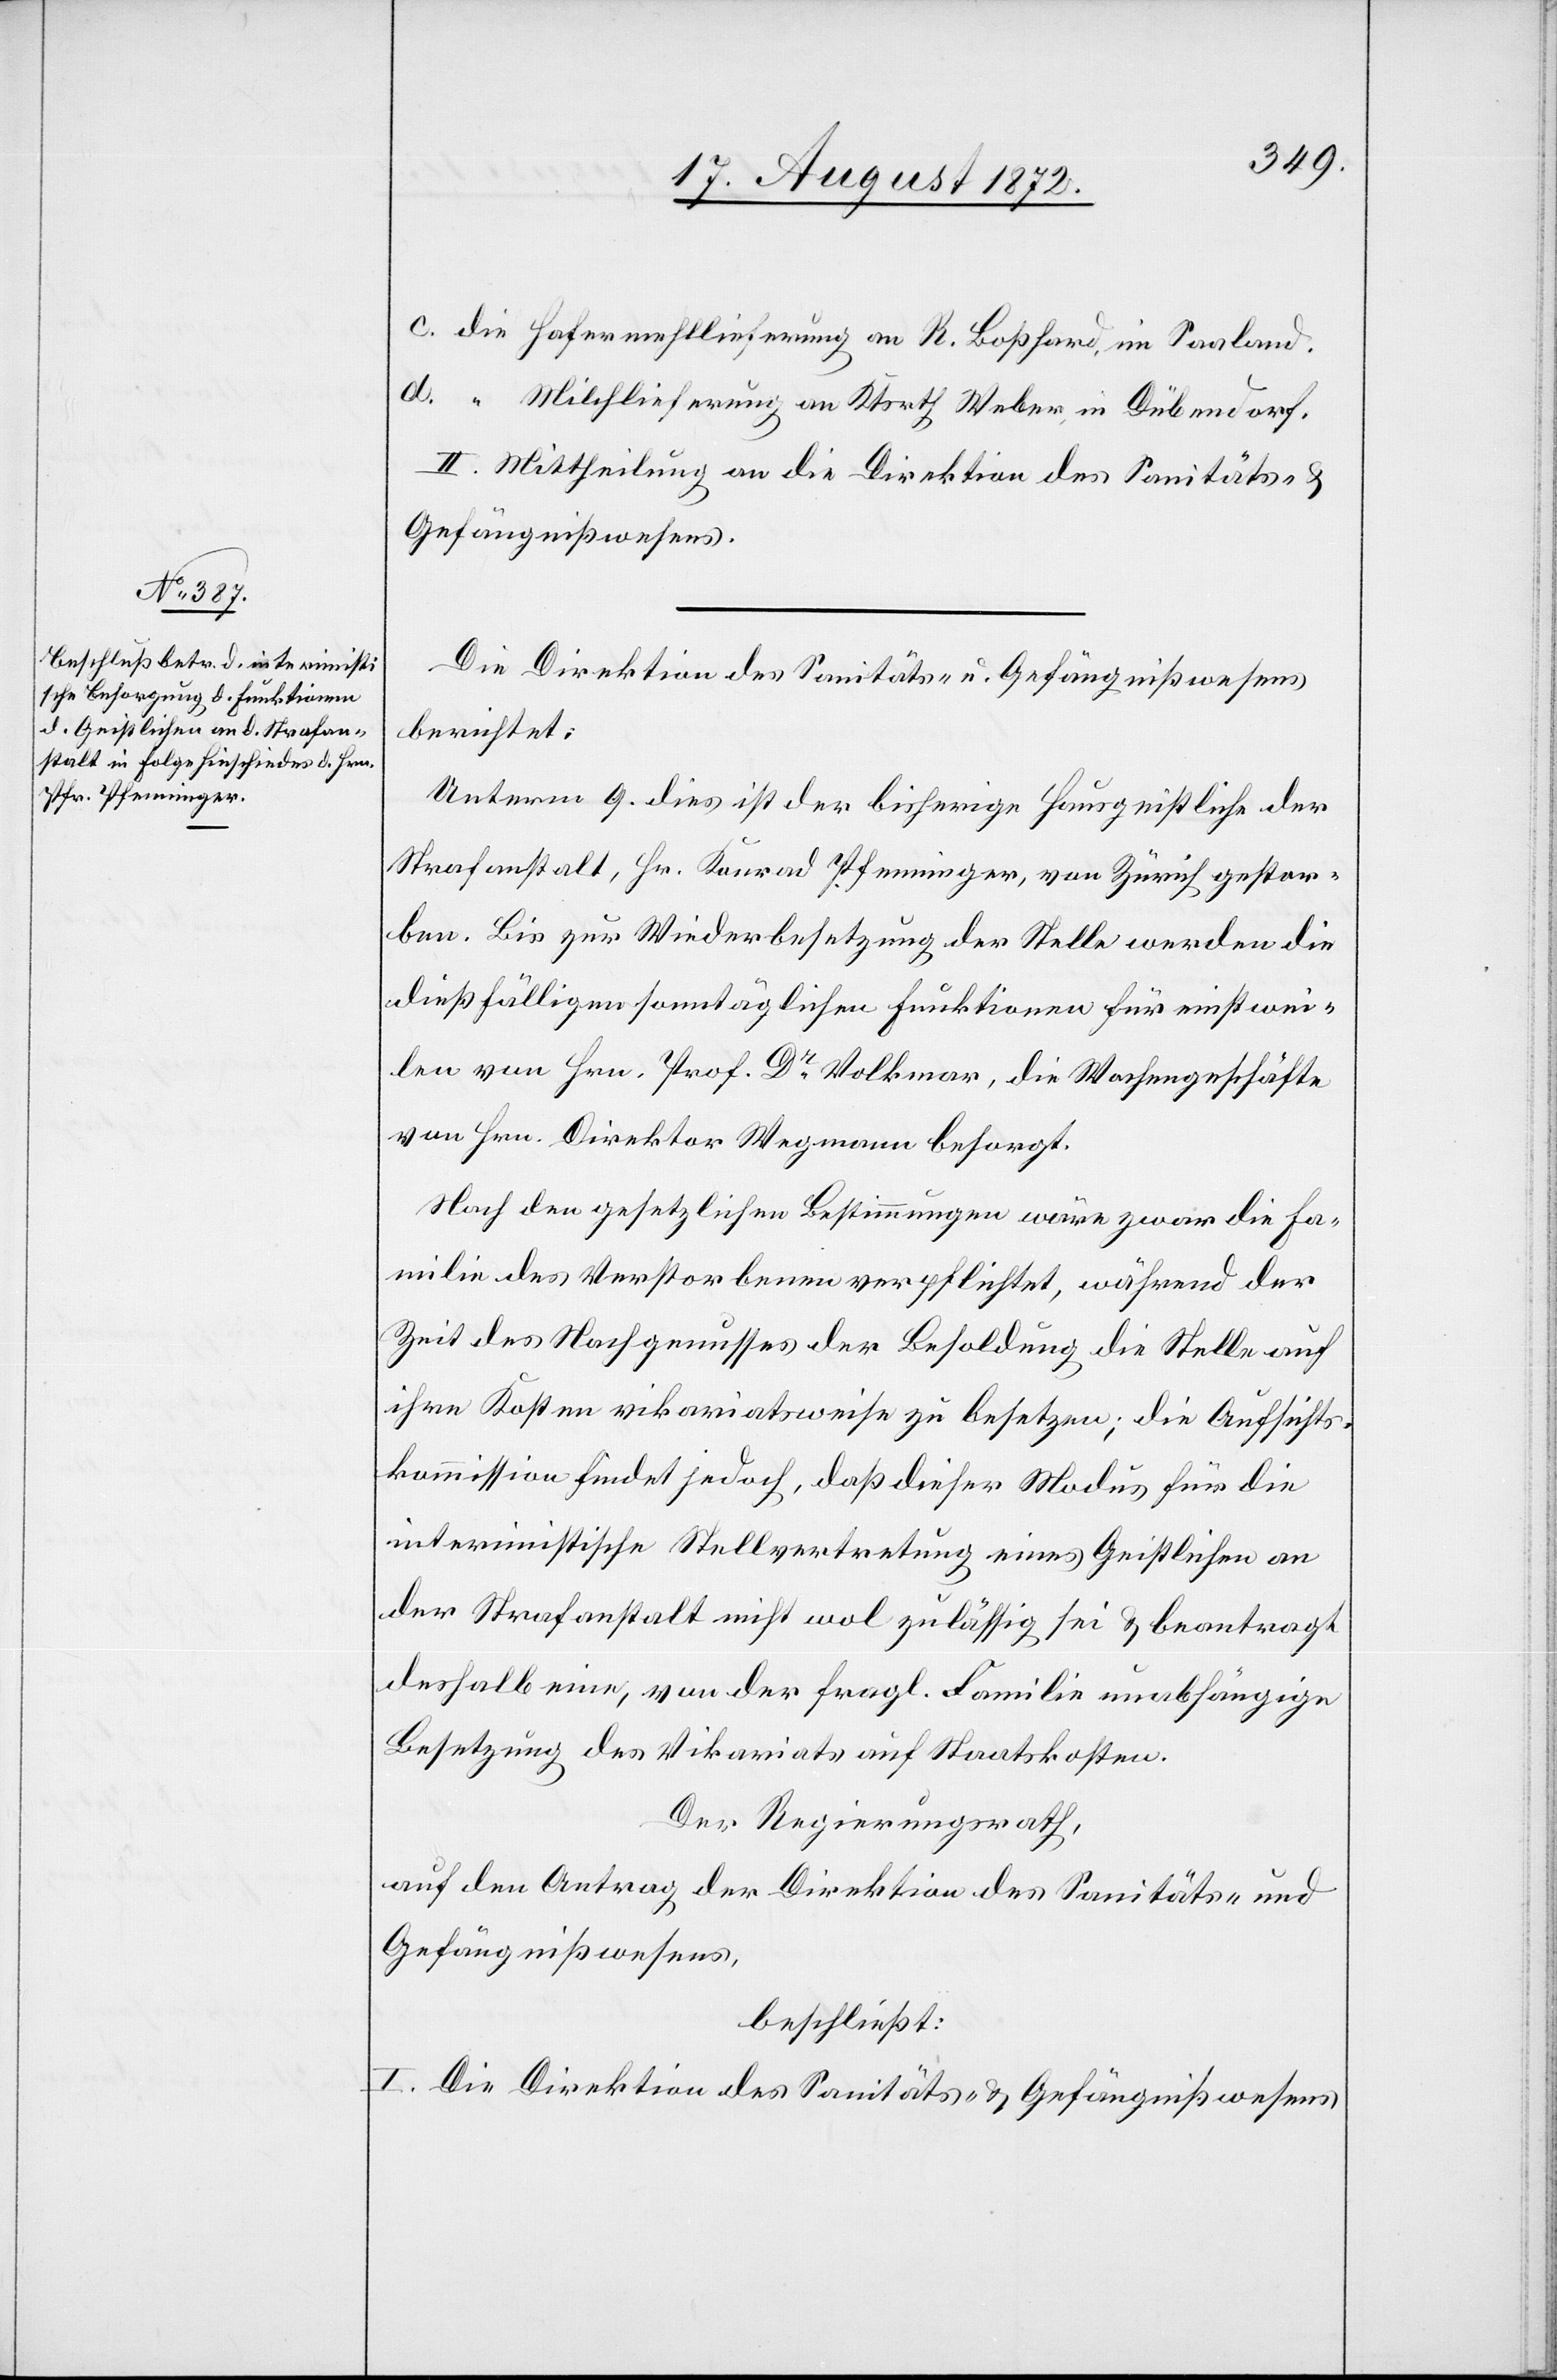
c. die Hafermehllieferung an R. Boßhard, im Saaland.
d. “ Milchlieferung an Ktsrth Weber, in Dübendorf.
II. Mittheilung an die Direktion des Sanitäts- u.
Gefängnißwesens.
Die Direktion des Sanitäts- u. Gefängnißwesens:
Unterm 9. dies ist der bisherige Hausgeistliche der
Strafanstalt, Hr. Konrad Pfenninger, von Zürich gestor¬
ben. Bis zur Wiederbesetzung der Stelle werden die
dießfälligen sonntäglichen Funktionen für einstwei¬
len von Hrn. Prof. Dr Volkmar, die Wochengeschäfte
von Hrn. Direktor Wegmann besorgt.
Nach den gesetzlichen Bestimmungen wäre zwar die Fa¬
milie des Verstorbenen verpflichtet, während der
Zeit des Nachgenusses der Besoldung die Stelle auf
ihre Kosten vikariatsweise zu besetzen; die Aufsichts¬
kommission findet jedoch, daß dieser Modus für die
interimistische Stellvertretung eines Geistlichen an
der Strafanstalt nicht wol zulässig sei u. beantragt
deshalb eine, von der fragl. Familie unabhängige
Besetzung des Vikariats auf Staatskosten.
Der Regierungsrath,
auf den Antrag der Direktion des Sanitäts- u.
Gefängnißwesens,
beschließt:
I. Die Direktion des Sanitäts- u. Gefängnißwesens